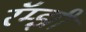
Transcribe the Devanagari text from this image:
रॅम्झी